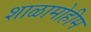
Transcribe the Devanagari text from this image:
शाळामोहीम